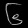
Digit: ၆